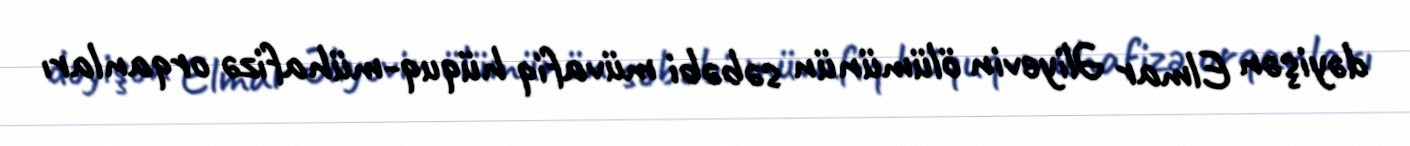
dəyişən Elmar Əliyevin ölümünün səbəbi müvafiq hüquq-mühafizə orqanları